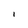
Character: I